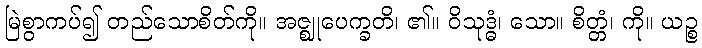
မြဲစွာကပ်၍ တည်သောစိတ်ကို။ အဇ္ဈုပေက္ခတိ၊ ၏။ ဝိသုဒ္ဓံ၊ သော။ စိတ္တံ၊ ကို။ ယဉ္စ